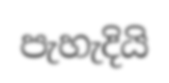
පැහැදියි